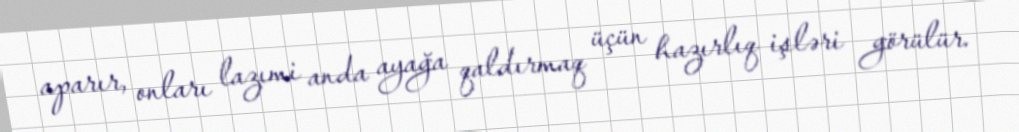
aparır, onları lazımi anda ayağa qaldırmaq üçün hazırlıq işləri görülür.